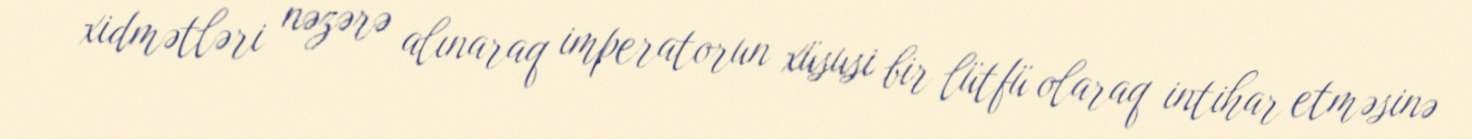
xidmətləri nəzərə alınaraq imperatorun xüsusi bir lütfü olaraq intihar etməsinə